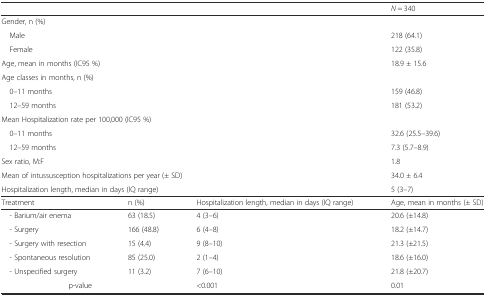
<table><thead><tr><td colspan="3"></td><td><b><i>N</i> = 340</b></td></tr></thead><tbody><tr><td colspan="3">Gender, n (%)</td><td></td></tr><tr><td colspan="3"> Male</td><td>218 (64.1)</td></tr><tr><td colspan="3"> Female</td><td>122 (35.8)</td></tr><tr><td colspan="3">Age, mean in months (IC95 %)</td><td>18.9 ± 15.6</td></tr><tr><td colspan="3">Age classes in months, n (%)</td><td></td></tr><tr><td colspan="3"> 0–11 months</td><td>159 (46.8)</td></tr><tr><td colspan="3"> 12–59 months</td><td>181 (53.2)</td></tr><tr><td colspan="3">Mean Hospitalization rate per 100,000 (IC95 %)</td><td></td></tr><tr><td colspan="3"> 0–11 months</td><td>32.6 (25.5–39.6)</td></tr><tr><td colspan="3"> 12–59 months</td><td>7.3 (5.7–8.9)</td></tr><tr><td colspan="3">Sex ratio, M:F</td><td>1.8</td></tr><tr><td colspan="3">Mean of intussusception hospitalizations per year (± SD)</td><td>34.0 ± 6.4</td></tr><tr><td colspan="3">Hospitalization length, median in days (IQ range)</td><td>5 (3–7)</td></tr><tr><td>Treatment</td><td>n (%)</td><td>Hospitalization length, median in days (IQ range)</td><td>Age, mean in months (± SD)</td></tr><tr><td> - Barium/air enema</td><td>63 (18.5)</td><td>4 (3–6)</td><td>20.6 (±14.8)</td></tr><tr><td> - Surgery</td><td>166 (48.8)</td><td>6 (4–8)</td><td>18.2 (±14.7)</td></tr><tr><td> - Surgery with resection</td><td>15 (4.4)</td><td>9 (8–10)</td><td>21.3 (±21.5)</td></tr><tr><td> - Spontaneous resolution</td><td>85 (25.0)</td><td>2 (1–4)</td><td>18.6 (±16.0)</td></tr><tr><td> - Unspecified surgery</td><td>11 (3.2)</td><td>7 (6–10)</td><td>21.8 (±20.7)</td></tr><tr><td colspan="2">p-value</td><td>&lt;0.001</td><td>0.01</td></tr></tbody></table>